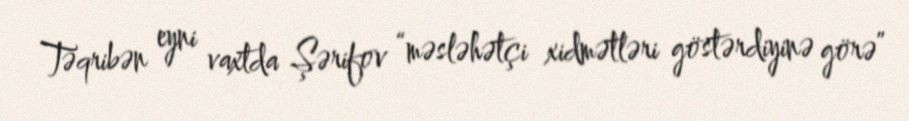
Təqribən eyni vaxtda Şərifov “məsləhətçi xidmətləri göstərdiyinə görə”